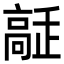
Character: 𩫔